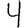
Digit: 4